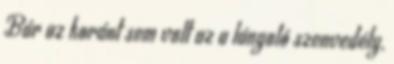
Bár az koránt sem volt az a lángoló szenvedély,